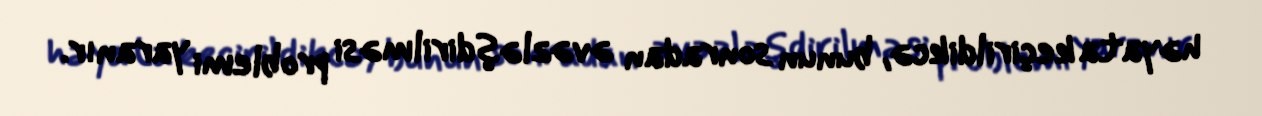
həyata keçirildikcə, bunun sonradan əvəzləşdirilməsi problemi yaranır.